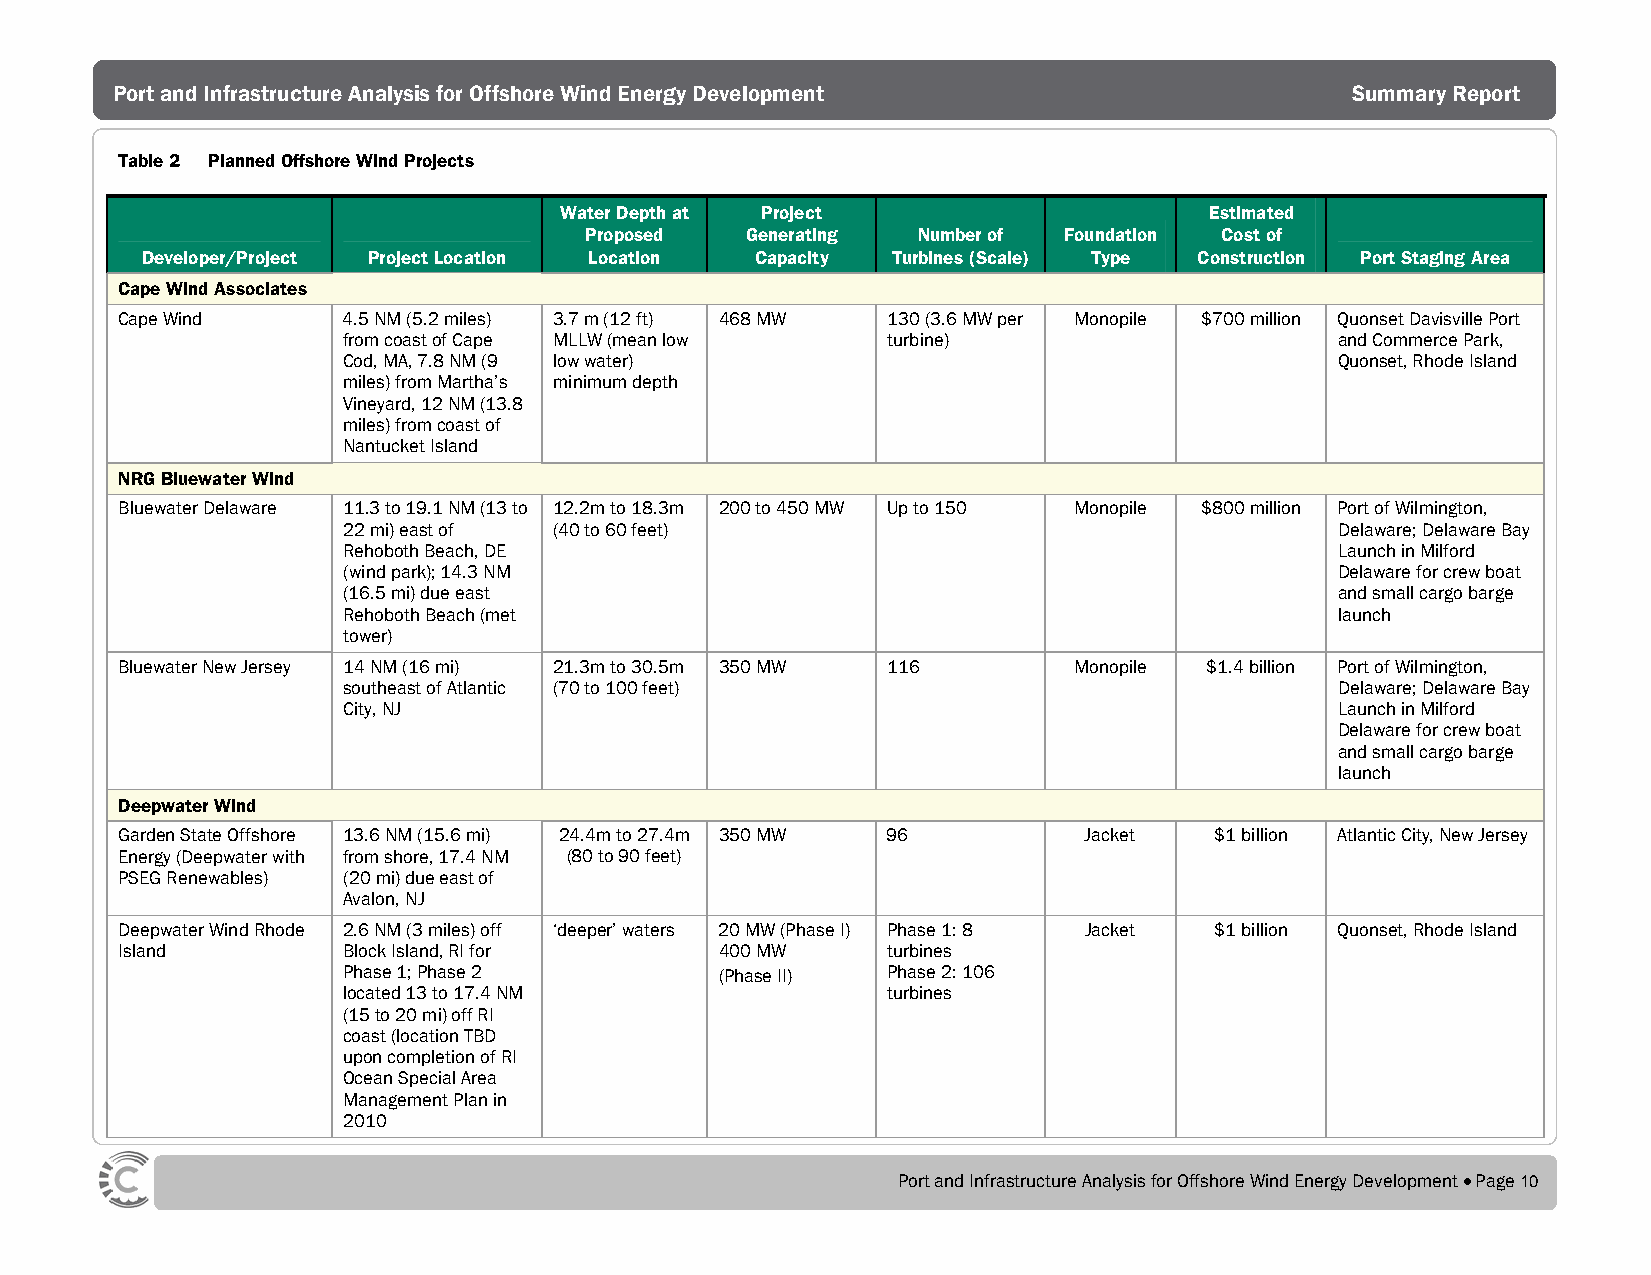
Port and Infrastructure Analysis for Offshore Wind Energy Development             Summary Report
 Table 2 Planned Offshore Wind Projects
 Water Depth at Project                     Estimated
 Proposed  Generating  Number of Foundation Cost of
 Developer/Project Project Location Location Capacity Turbines (Scale) Type Construction Port Staging Area
 Cape Wind Associates
 Cape Wind      4.5 NM (5.2 miles) 3.7 m (12 ft) 468 MW 130 (3.6 MW per Monopile $700 million Quonset Davisville Port
 from coast of Cape MLLW (mean low   turbine)                      and Commerce Park,
 Cod, MA, 7.8 NM (9 low water)                                     Quonset, Rhode Island
 miles) from Martha’s minimum depth
 Vineyard, 12 NM (13.8
 miles) from coast of
 Nantucket Island
 NRG Bluewater Wind
 Bluewater Delaware 11.3 to 19.1 NM (13 to 12.2m to 18.3m 200 to 450 MW Up to 150 Monopile $800 million Port of Wilmington,
 22 mi) east of (40 to 60 feet)                                    Delaware; Delaware Bay
 Rehoboth Beach, DE                                                Launch in Milford
 (wind park); 14.3 NM                                              Delaware for crew boat
 (16.5 mi) due east                                                and small cargo barge
 Rehoboth Beach (met                                               launch
 tower)
 Bluewater New Jersey 14 NM (16 mi) 21.3m to 30.5m 350 MW 116   Monopile $1.4 billion Port of Wilmington,
 southeast of Atlantic (70 to 100 feet)                            Delaware; Delaware Bay
 City, NJ                                                          Launch in Milford
 Delaware for crew boat
 and small cargo barge
 launch
 Deepwater Wind
 Garden State Offshore 13.6 NM (15.6 mi) 24.4m to 27.4m 350 MW 96 Jacket $1 billion Atlantic City, New Jersey
 Energy (Deepwater with from shore, 17.4 NM (80 to 90 feet)
 PSEG Renewables) (20 mi) due east of
 Avalon, NJ
 Deepwater Wind Rhode 2.6 NM (3 miles) off ‘deeper’ waters 20 MW (Phase I) Phase 1: 8 Jacket $1 billion Quonset, Rhode Island
 Island         Block Island, RI for     400 MW     turbines
 Phase 1; Phase 2         (Phase II) Phase 2: 106
 located 13 to 17.4 NM               turbines
 (15 to 20 mi) off RI
 coast (location TBD
 upon completion of RI
 Ocean Special Area
 Management Plan in
 2010
 Port and Infrastructure Analysis for Offshore Wind Energy Development • Page 10